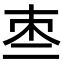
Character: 𠄬